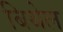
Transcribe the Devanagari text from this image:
बिथेल